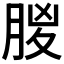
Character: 𣍶